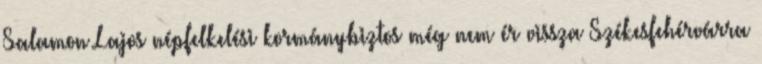
Salamon Lajos népfelkelési kormánybiztos még nem ér vissza Székesfehérvárra